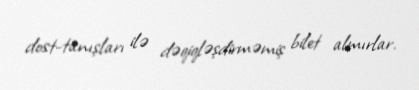
dost-tanışları ilə dəqiqləşdirməmiş bilet almırlar.